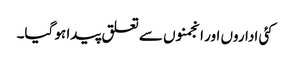
کئی اداروں اور انجمنوں سے تعلق پیدا ہو گیا۔